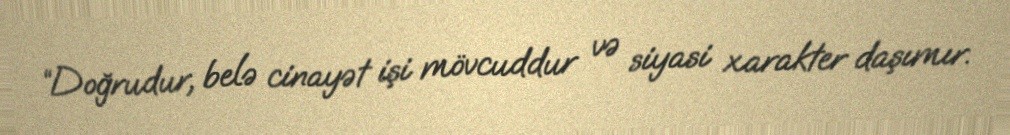
“Doğrudur, belə cinayət işi mövcuddur və siyasi xarakter daşımır.